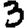
Digit: 3